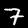
Label: 7